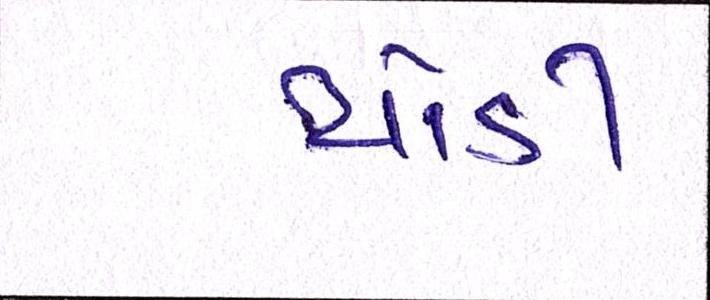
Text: થોડી